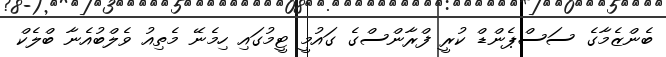
ބެންޒެމާގެ ސަސްޕެންޑް ކުރީ ފްރާންސްގެ ގައުމީ ޓީމުގައި ހިމެނޭ މެތިއު ވެލްބުއެނާ ބްލެކް